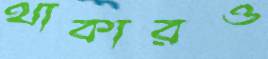
থাকারও